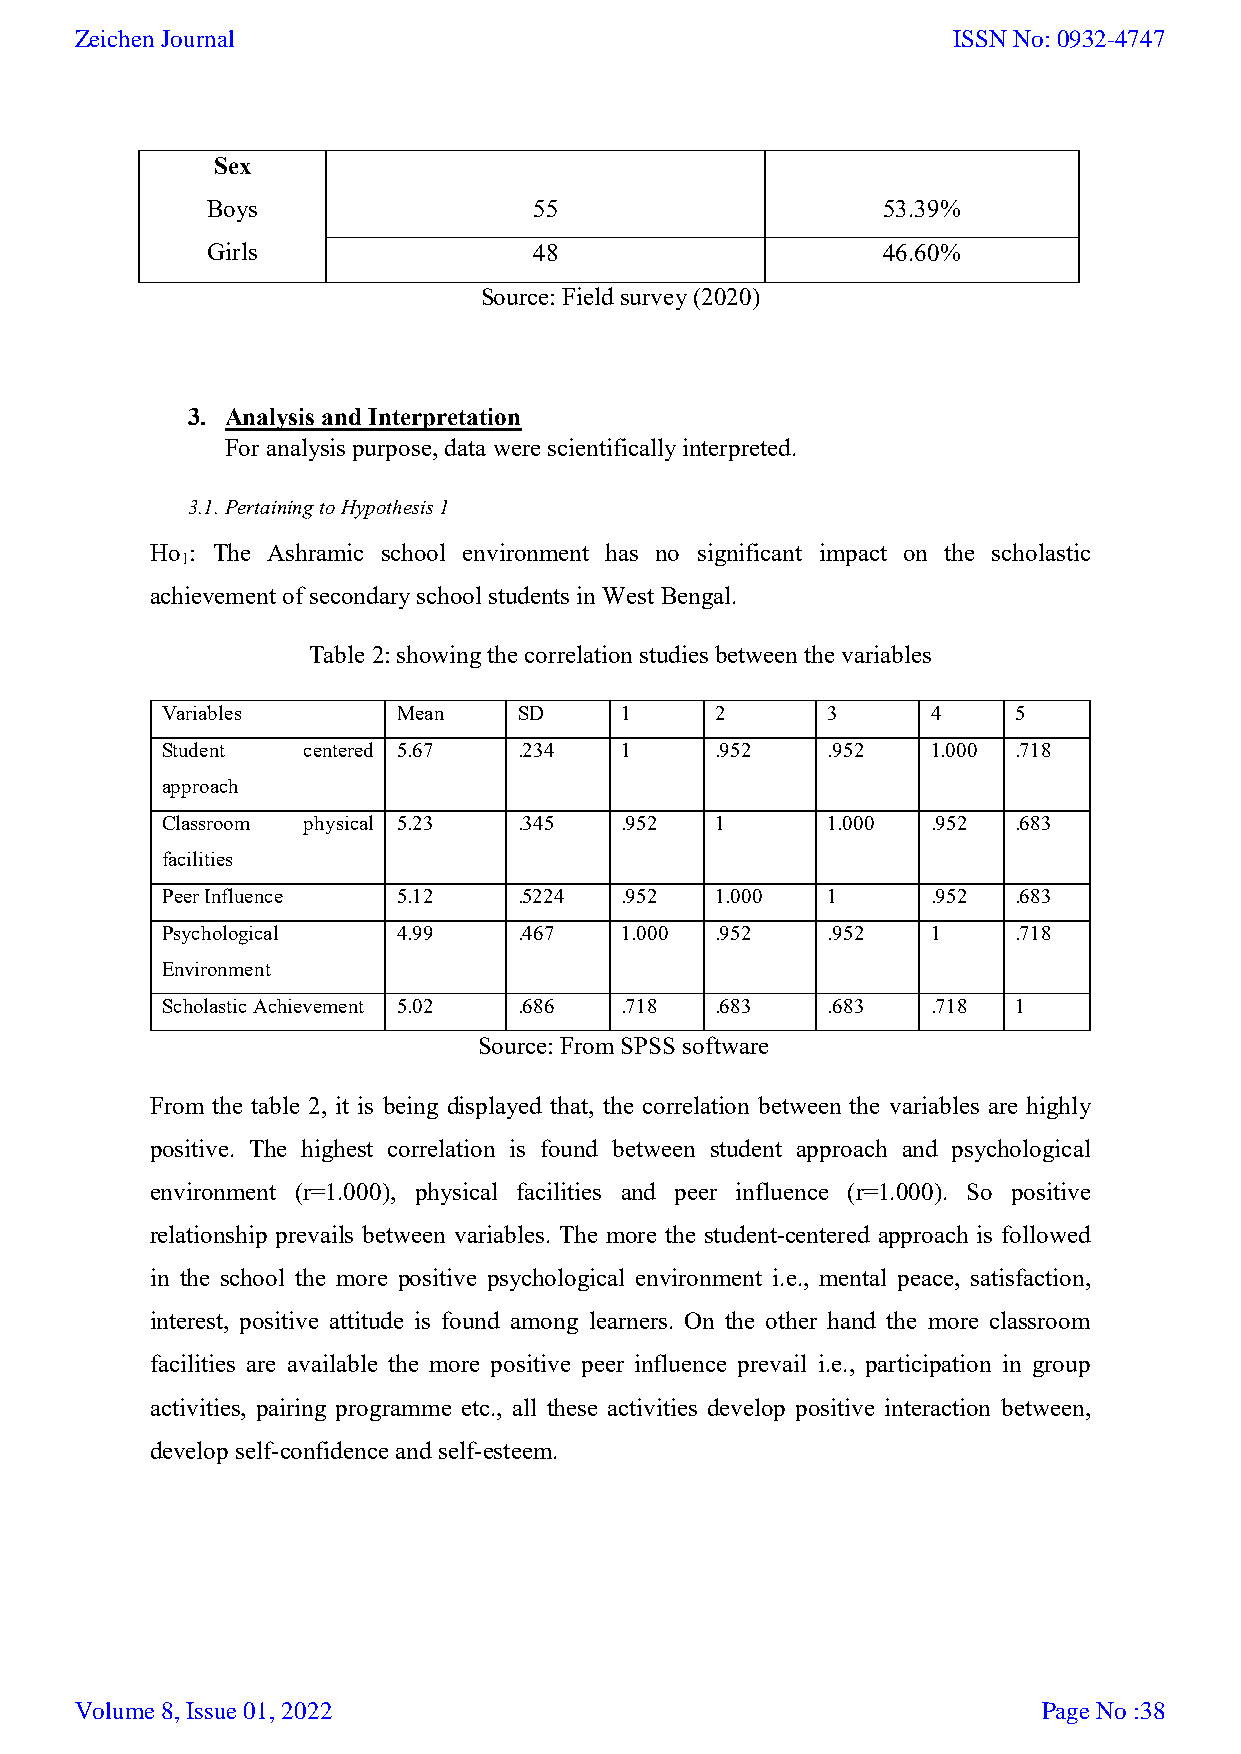
Zeichen Journal                                           ISSN No: 0932-4747
 Sex
 Boys                 55                     53.39%
 Girls                48                     46.60%
 Source: Field survey (2020)
 3. Analysis and Interpretation
 For analysis purpose, data were scientifically interpreted.
 3.1. Pertaining to Hypothesis 1
 Ho : The Ashramic school environment has no significant impact on the scholastic
 1
 achievement of secondary school students in West Bengal.
 Table 2: showing the correlation studies between the variables
 Variables      Mean    SD     1     2       3      4    5
 Student  centered 5.67 .234   1     .952    .952   1.000 .718
 approach
 Classroom physical 5.23 .345  .952  1       1.000  .952 .683
 facilities
 Peer Influence 5.12    .5224  .952  1.000   1      .952 .683
 Psychological  4.99    .467   1.000 .952    .952   1    .718
 Environment
 Scholastic Achievement 5.02 .686 .718 .683  .683   .718 1
 Source: From SPSS software
 From the table 2, it is being displayed that, the correlation between the variables are highly
 positive. The highest correlation is found between student approach and psychological
 environment (r=1.000), physical facilities and peer influence (r=1.000). So positive
 relationship prevails between variables. The more the student-centered approach is followed
 in the school the more positive psychological environment i.e., mental peace, satisfaction,
 interest, positive attitude is found among learners. On the other hand the more classroom
 facilities are available the more positive peer influence prevail i.e., participation in group
 activities, pairing programme etc., all these activities develop positive interaction between,
 develop self-confidence and self-esteem.
 Volume 8, Issue 01, 2022                                        Page No :38